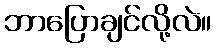
ဘာပြောချင်လို့လဲ။